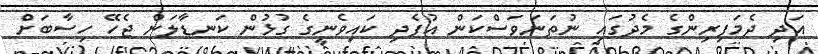
އަދި ދެމަފިރިންގެ މެދުގައި ނުތަނަވަސްކަން އުފެދި ކައިވެނީގެ ގުޅުން ކަނޑާލަން ޖެހޭ ހިސާބަށް